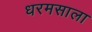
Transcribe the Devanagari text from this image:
धरमसाला